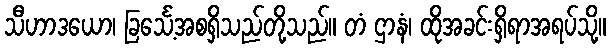
သီဟာဒယော၊ ခြင်္သေ့အစရှိသည်တို့သည်။ တံ ဌာနံ၊ ထိုအခင်းရှိရာအရပ်သို့။